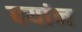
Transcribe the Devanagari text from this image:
बयांन